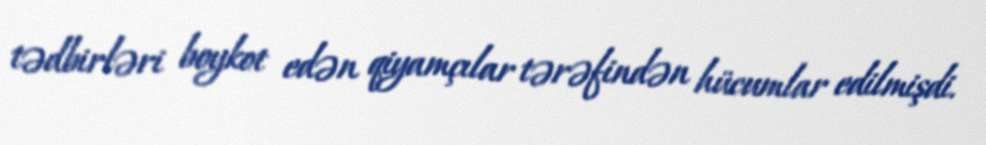
tədbirləri boykot edən qiyamçılar tərəfindən hücumlar edilmişdi.